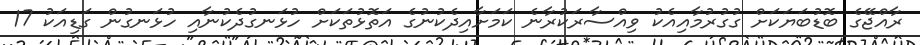
ރާއްޖޭގެ ބޮޑުބަޔަކަށް ގުގުރުމާއިއެކު ވިއްސާރަކުރާނެ ކަމަށާއިދެކުނުގެ އަތޮޅުތަކަށް ހުޅަނގުދެކުނާއި ހުޅަނގުން ގަޑިއަކު 17